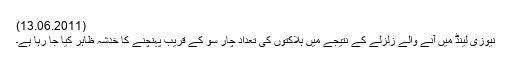
(13.06.2011)
نیوزی لینڈ میں آنے والے زلزلے کے نتیجے میں ہلاکتوں کی تعداد چار سو کے قریب پہنچنے کا خدشہ ظاہر کیا جا رہا ہے۔